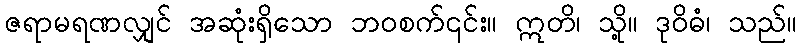
ဇရာမရဏလျှင် အဆုံးရှိသော ဘဝစက်၎င်း။ ဣတိ၊ သို့။ ဒုဝိဓံ၊ သည်။